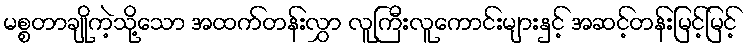
မစ္စတာချိုကဲ့သို့သော အထက်တန်းလွှာ လူကြီးလူကောင်းများနှင့် အဆင့်တန်းမြင့်မြင့်